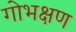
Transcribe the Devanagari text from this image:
गोभक्षण